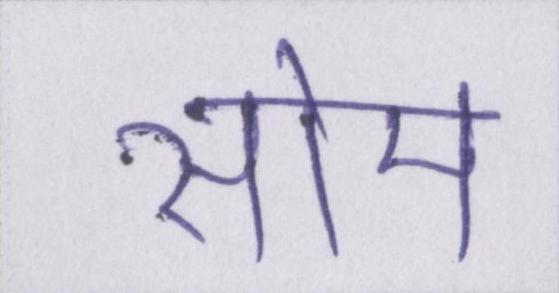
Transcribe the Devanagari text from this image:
सोम